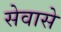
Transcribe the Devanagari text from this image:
सेवासे